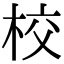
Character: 校